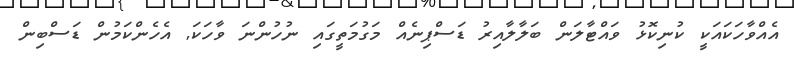
އެއްވާހަކައަކީ ކުނިކޮޅު ވައްޓާލަން ބަލާލާއިރު ޑަސްޕިނެއް މަގުމަތީގައި ނުހުންނަ ވާހަކަ